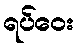
ရပ်ဝေး